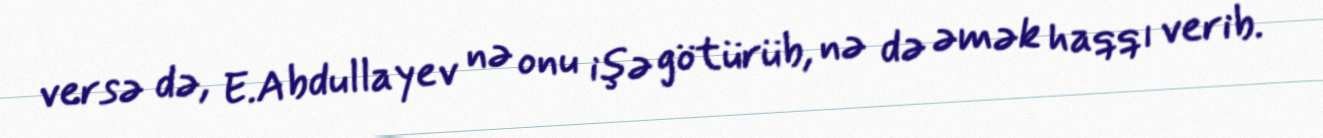
versə də, E.Abdullayev nə onu işə götürüb, nə də əmək haqqı verib.